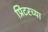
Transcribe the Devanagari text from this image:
प्रिंटरच्या